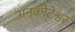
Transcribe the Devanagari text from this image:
अनकोटेश्वर